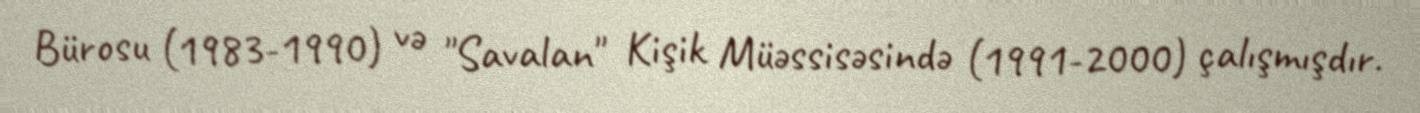
Bürosu (1983-1990) və "Savalan" Kişik Müəssisəsində (1991-2000) çalışmışdır.